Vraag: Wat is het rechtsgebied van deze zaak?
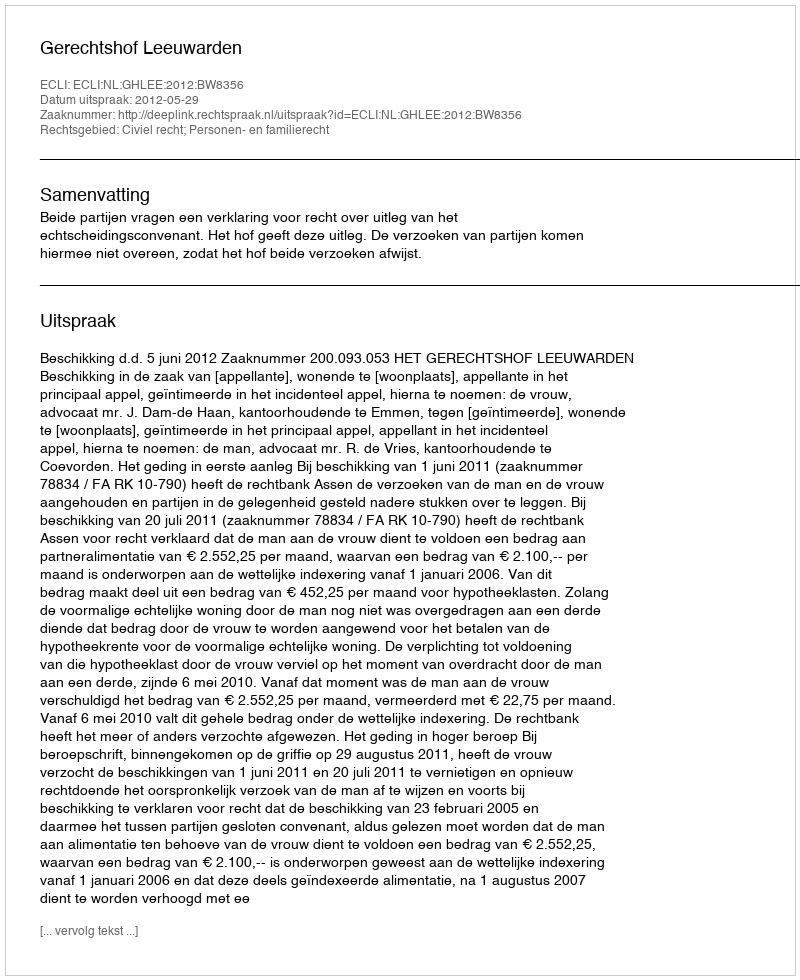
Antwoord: Civiel recht; Personen- en familierecht